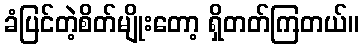
ခံပြင်တဲ့စိတ်မျိုးတော့ ရှိတတ်ကြတယ်။